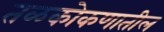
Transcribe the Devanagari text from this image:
तळकोकणातील